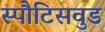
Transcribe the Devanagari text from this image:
स्पौटिसवुड